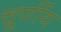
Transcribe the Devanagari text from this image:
चूर्णीय